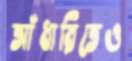
আঁধারিতেও